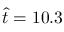
\hat { t } = 1 0 . 3